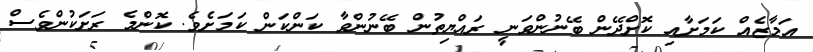
އަމާޒެއް ކަމަށާއި ކޮށްދޭން ބޭނުންވަނީ ރައްޔިތުން ބޭނުންވާ ކަންކަން ކަމަށެވެ. ކޮންމެ ރަށަކުންވެސް